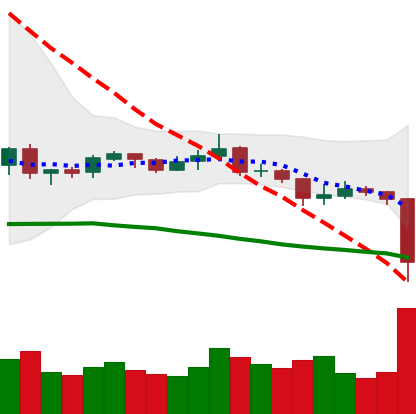
Ticker: XRP-USD
Chart end date: 2019-08-14
Forward return: 7.589%
Label: up_7plus